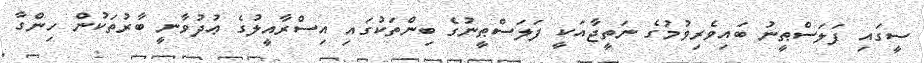
ސީގައި ފަލަސްޠީނު ބައިވެރިވުމުގެ ނަތީޖާއަކީ ފަލަސްޠީނުގެ ބިންތަކުގައި އިސްރާއީލުގެ ޢުދުވާނީ ބާރުތަކުން ހިންގާ